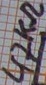
Text: 47KΩ